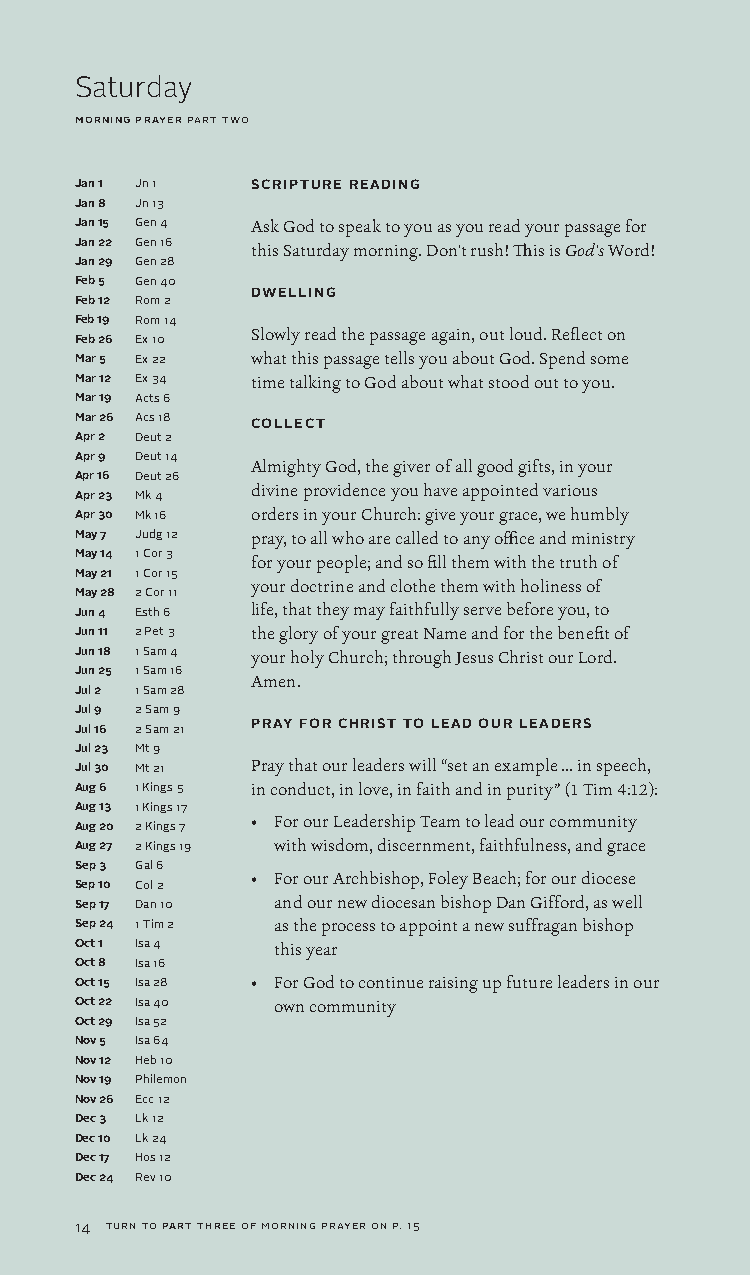
Saturday
 morning prayer part two
 Jan 1 Jn 1  SCRIPTURE READING
 Jan 8 Jn 13
 Jan 15 Gen 4 Ask God to speak to you as you read your passage for
 Jan 22 Gen 16 this Saturday morning. Don't rush! This is God's Word!
 Jan 29 Gen 28
 Feb 5 Gen 40
 DWELLING
 Feb 12 Rom 2
 Feb 19 Rom 14
 Slowly read the passage again, out loud. Reflect on
 Feb 26 Ex 10
 Mar 5 Ex 22 what this passage tells you about God. Spend some
 Mar 12 Ex 34 time talking to God about what stood out to you.
 Mar 19 Acts 6
 Mar 26 Acs 18 COLLECT
 Apr 2 Deut 2
 Apr 9 Deut 14
 Almighty God, the giver of all good gifts, in your
 Apr 16 Deut 26
 divine providence you have appointed various
 Apr 23 Mk 4
 Apr 30 Mk 16 orders in your Church: give your grace, we humbly
 May 7 Judg 12 pray, to all who are called to any office and ministry
 May 14 1 Cor 3 for your people; and so fill them with the truth of
 May 21 1 Cor 15
 your doctrine and clothe them with holiness of
 May 28 2 Cor 11
 Jun 4 Esth 6 life, that they may faithfully serve before you, to
 Jun 11 2 Pet 3 the glory of your great Name and for the benefit of
 Jun 18 1 Sam 4 your holy Church; through Jesus Christ our Lord.
 Jun 25 1 Sam 16
 Amen.
 Jul 2 1 Sam 28
 Jul 9 2 Sam 9
 Jul 16 2 Sam 21 PRAY FOR CHRIST TO LEAD OUR LEADERS
 Jul 23 Mt 9
 Jul 30 Mt 21 Pray that our leaders will “set an example ... in speech,
 Aug 6 1 Kings 5 in conduct, in love, in faith and in purity” (1 Tim 4:12):
 Aug 13 1 Kings 17
 • For our Leadership Team to lead our community
 Aug 20 2 Kings 7
 Aug 27 2 Kings 19 with wisdom, discernment, faithfulness, and grace
 Sep 3 Gal 6
 • For our Archbishop, Foley Beach; for our diocese
 Sep 10 Col 2
 Sep 17 Dan 10 and our new diocesan bishop Dan Gifford, as well
 Sep 24 1 Tim 2 as the process to appoint a new suffragan bishop
 Oct 1 Isa 4  this year
 Oct 8 Isa 16
 Oct 15 Isa 28 • For God to continue raising up future leaders in our
 Oct 22 Isa 40 own community
 Oct 29 Isa 52
 Nov 5 Isa 64
 Nov 12 Heb 10
 Nov 19 Philemon
 Nov 26 Ecc 12
 Dec 3 Lk 12
 Dec 10 Lk 24
 Dec 17 Hos 12
 Dec 24 Rev 10
 14 turn to part three of morning prayer on p. 15